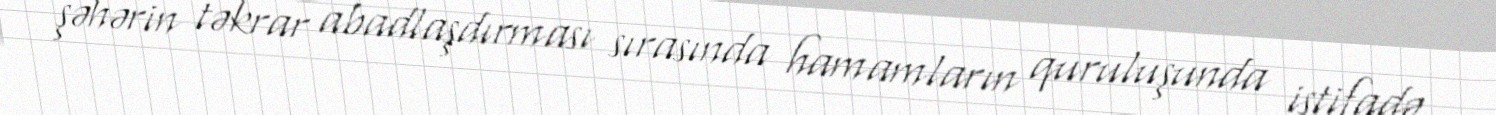
şəhərin təkrar abadlaşdırması sırasında hamamların quruluşunda istifadə